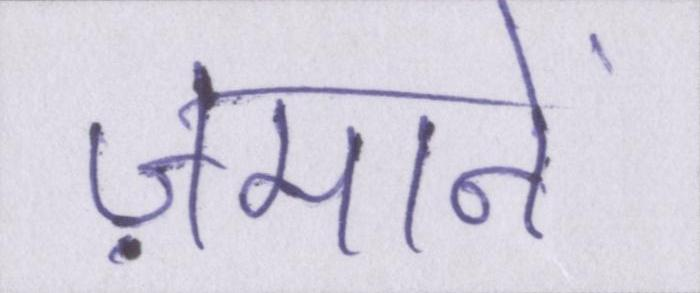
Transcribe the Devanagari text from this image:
ज़मानें